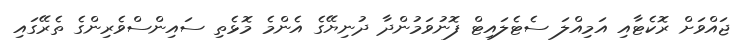
ޖައްވަށް ރޮކެޓާއި އަމިއްލަ ސެޓެލައިޓް ފޮނުވަމުންދާ ދުނިޔޭގެ އެންމެ މޮޅެތި ސައިންސްވެރިންގެ ތެރޭގައި